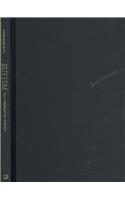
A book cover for Sufism: The Formative Period; Ahmet T. Karamustafa; Religion & Spirituality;